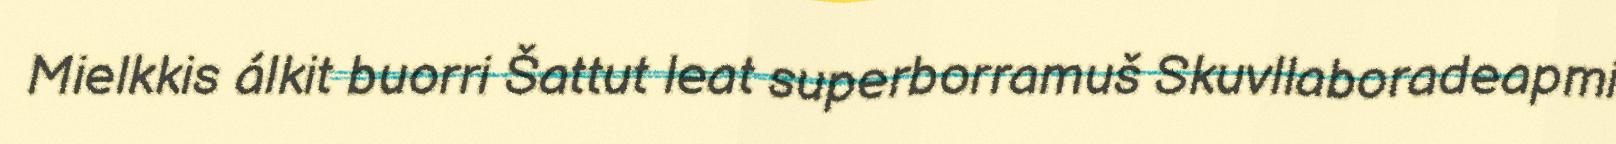
Mielkkis álkit buorri Šattut leat superborramuš Skuvllaboradeapmi